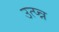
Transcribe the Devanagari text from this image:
उत्प्न्न